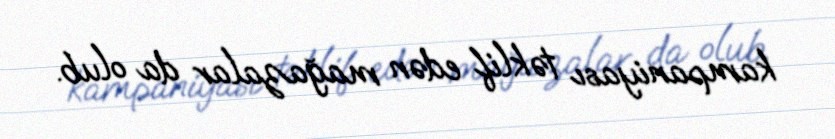
kampaniyası təklif edən mağazalar da olub.